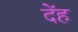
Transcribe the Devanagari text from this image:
देंह